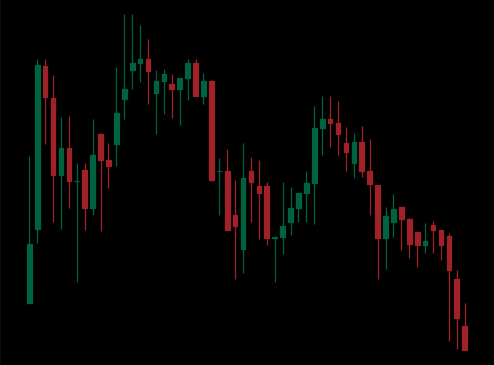
Pattern: head_shoulders